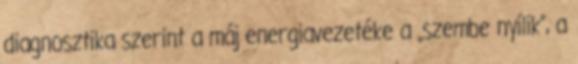
diagnosztika szerint a máj energiavezetéke a „szembe nyílik”, a